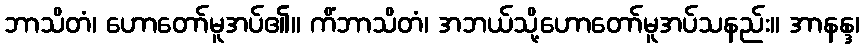
ဘာသိတံ၊ ဟောတော်မူအပ်၏။ ကိံဘာသိတံ၊ အဘယ်သို့ဟောတော်မူအပ်သနည်း။ အာနန္ဒ၊